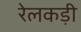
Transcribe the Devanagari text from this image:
रेलकड़ी